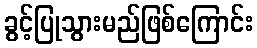
ခွင့်ပြုသွားမည်ဖြစ်ကြောင်း